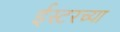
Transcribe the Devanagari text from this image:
ईस्टरच्या